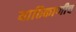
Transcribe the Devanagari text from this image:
याठिकाणीच